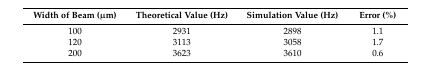
<table><thead><tr><td><b>Width of Beam (μm)</b></td><td><b>Theoretical Value (Hz)</b></td><td><b>Simulation Value (Hz)</b></td><td><b>Error (%)</b></td></tr></thead><tbody><tr><td>100</td><td>2931</td><td>2898</td><td>1.1</td></tr><tr><td>120</td><td>3113</td><td>3058</td><td>1.7</td></tr><tr><td>200</td><td>3623</td><td>3610</td><td>0.6</td></tr></tbody></table>